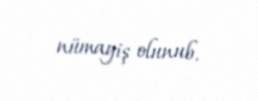
nümayiş olunub.